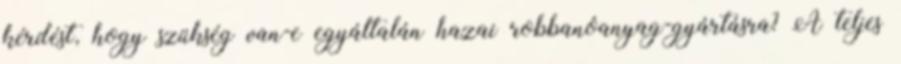
kérdést, hogy szükség van-e egyáltalán hazai robbanóanyag-gyártásra? A teljes